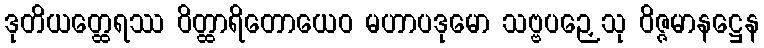
ဒုတိယတ္ထေရဿ ဝိတ္ထာရိတောယေဝ မဟာပဒုမော သဗ္ဗပဉှေသု ဝိဇ္ဇမာနဋ္ဌေန